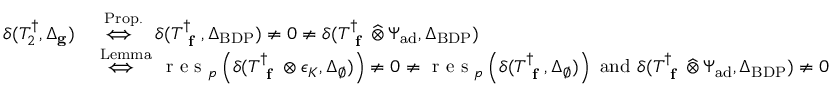
\begin{array} { r } { \begin{array} { r l } { \delta ( T _ { 2 } ^ { \dagger } , \Delta _ { \mathbf { g } } ) \, \, } & { \stackrel { \mathrm { P r o p . } \, } { \iff { \, \, } } \delta ( T _ { \textup { \bf f } } ^ { \dagger } , \Delta _ { \mathrm { B D P } } ) \neq 0 \neq \delta ( T _ { \textup { \bf f } } ^ { \dagger } \, \widehat \otimes \, \Psi _ { \mathrm { a d } } , \Delta _ { \mathrm { B D P } } ) } \\ & { \stackrel { \mathrm { L e m m a } \, } { \iff { \, \, } } \textup { r e s } _ { p } \left( \delta ( T _ { \textup { \bf f } } ^ { \dagger } \otimes \epsilon _ { K } , \Delta _ { \emptyset } ) \right) \neq 0 \neq \textup { r e s } _ { p } \left( \delta ( T _ { \textup { \bf f } } ^ { \dagger } , \Delta _ { \emptyset } ) \right) \mathrm { ~ a n d ~ } \delta ( T _ { \textup { \bf f } } ^ { \dagger } \, \widehat \otimes \, \Psi _ { \mathrm { a d } } , \Delta _ { \mathrm { B D P } } ) \neq 0 } \end{array} } \end{array}